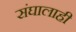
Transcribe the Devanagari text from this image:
संघालाही